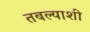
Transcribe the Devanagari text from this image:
तबल्याशी